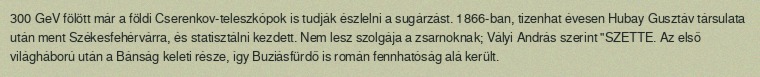
300 GeV fölött már a földi Cserenkov-teleszkópok is tudják észlelni a sugárzást. 1866-ban, tizenhat évesen Hubay Gusztáv társulata után ment Székesfehérvárra, és statisztálni kezdett. Nem lesz szolgája a zsarnoknak; Vályi András szerint "SZETTE. Az első világháború után a Bánság keleti része, így Buziásfürdő is román fennhatóság alá került.